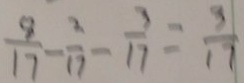
\frac { 8 } { 1 7 } - \frac { 2 } { 1 7 } - \frac { 3 } { 1 7 } = \frac { 3 } { 1 7 }